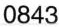
0843